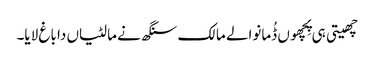
چھیتی ہی پِچھوں ڈُمانوالے مالک سنگھ نے مالٹیاں دا باغ لایا۔